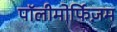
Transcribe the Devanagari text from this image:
पॉलीमोर्फिज़म